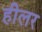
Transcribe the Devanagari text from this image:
हीलर